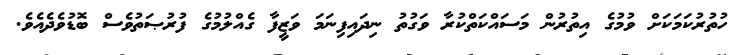
ހުތުރުކަމަކަށް ވުމުގެ އިތުރުން މަސައްކަތްކުރާ ވަގުތު ނިދައިފިނަމަ ވަޒީފާ ގެއްލުމުގެ ފުރުޞަތުވެސް ބޮޑުވެދެއެވެ.